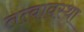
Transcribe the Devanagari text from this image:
तत्वावस्था